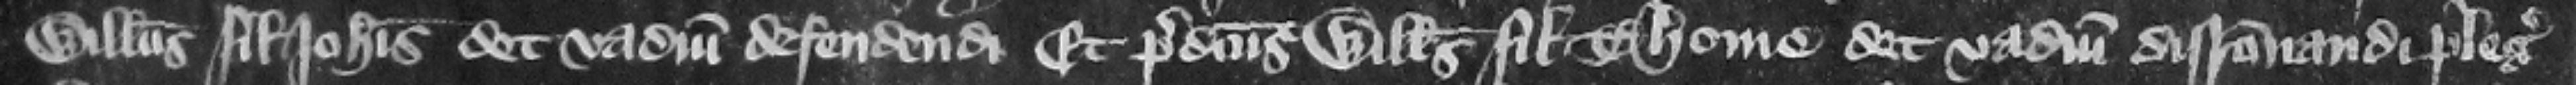
Willelmus filius Iohannis det vadium defendendi et predictus Willelmus filius Thome det vadiumdisracionandi plegii